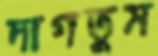
দাগতুম